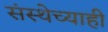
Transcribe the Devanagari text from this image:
संस्थेच्याही